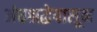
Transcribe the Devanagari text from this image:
अंधश्रद्धेपासून